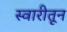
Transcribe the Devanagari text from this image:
स्वारीतून